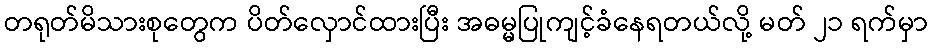
တရုတ်မိသားစုတွေက ပိတ်လှောင်ထားပြီး အဓမ္မပြုကျင့်ခံနေရတယ်လို့ မတ် ၂၁ ရက်မှာ